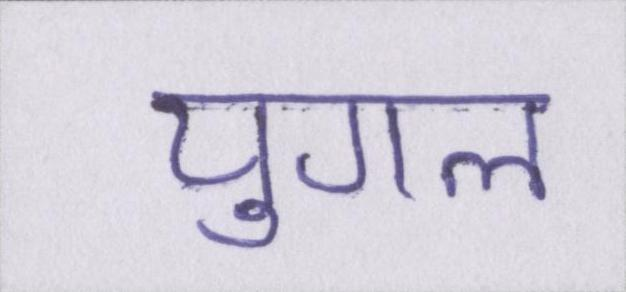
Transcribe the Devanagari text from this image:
युगल